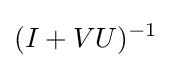
(I+VU)^{-1}